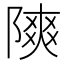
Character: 𫕐